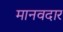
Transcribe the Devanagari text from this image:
मानवदार